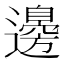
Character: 邊